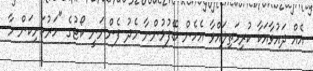
އެއް ދައުވާއަކާ ކުރިމަތިލައްވާ އެހެން ބޭފުޅުންނާ މެދު ފެންނަނީ ކޯޓުގެ "ހަރުކަށިކަން މާ